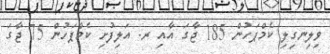
ވިލިނގިލި ކެމްޕަހުން 185 ޖާގަ އާއި ރ. އަލިފުށި ކެމްޕަހުން 75 ޖާގަ